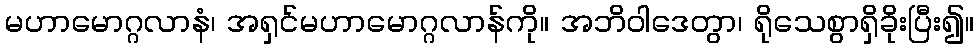
မဟာမောဂ္ဂလာနံ၊ အရှင်မဟာမောဂ္ဂလာန်ကို။ အဘိဝါဒေတွာ၊ ရိုသေစွာရှိခိုးပြီး၍။